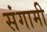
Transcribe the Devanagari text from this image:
संगामी